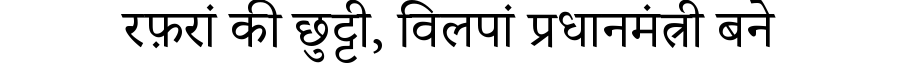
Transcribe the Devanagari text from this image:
रफ़रां की छुट्टी, विलपां प्रधानमंत्री बने